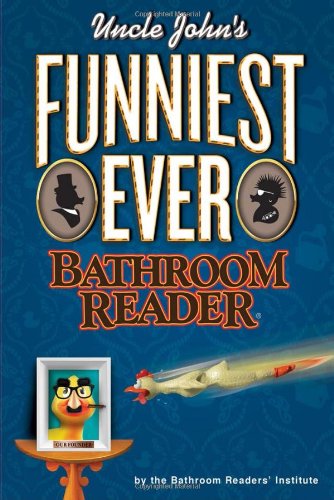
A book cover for Uncle John's Funniest Ever Bathroom Reader (Uncle John's Bathroom Reader); Bathroom Readers' Institute; Humor & Entertainment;